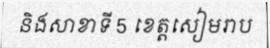
និងសាខាទី 5 ខេត្តសៀមរាប